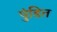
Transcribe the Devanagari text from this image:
पुंडित